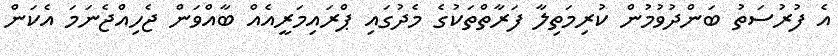
އެ ފުރުސަތު ބަންދުވުމުން ކުރިމަތިލާ ފަރާތްތަކުގެ މެދުގައި ޕްރައިމަރީއެއް ބާއްވަން ޖެހިއްޖެނަމަ އެކަން